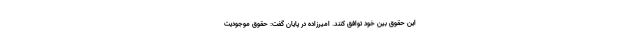
این حقوق بین خود توافق کنند. امیرزاده در ‌پایان گفت: حقوق موجودیت